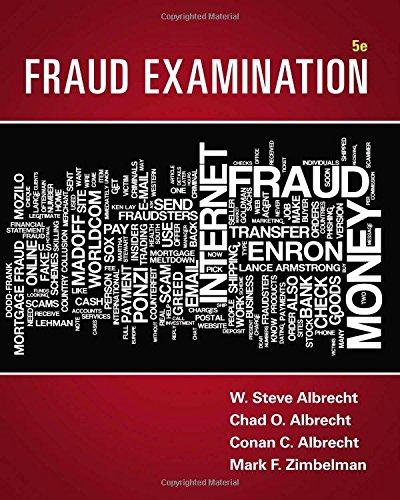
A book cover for Fraud Examination; W. Steve Albrecht; Business & Money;